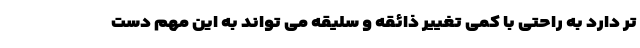
تر دارد به راحتی با کمی تغییر ذائقه و سلیقه می تواند به این مهم دست